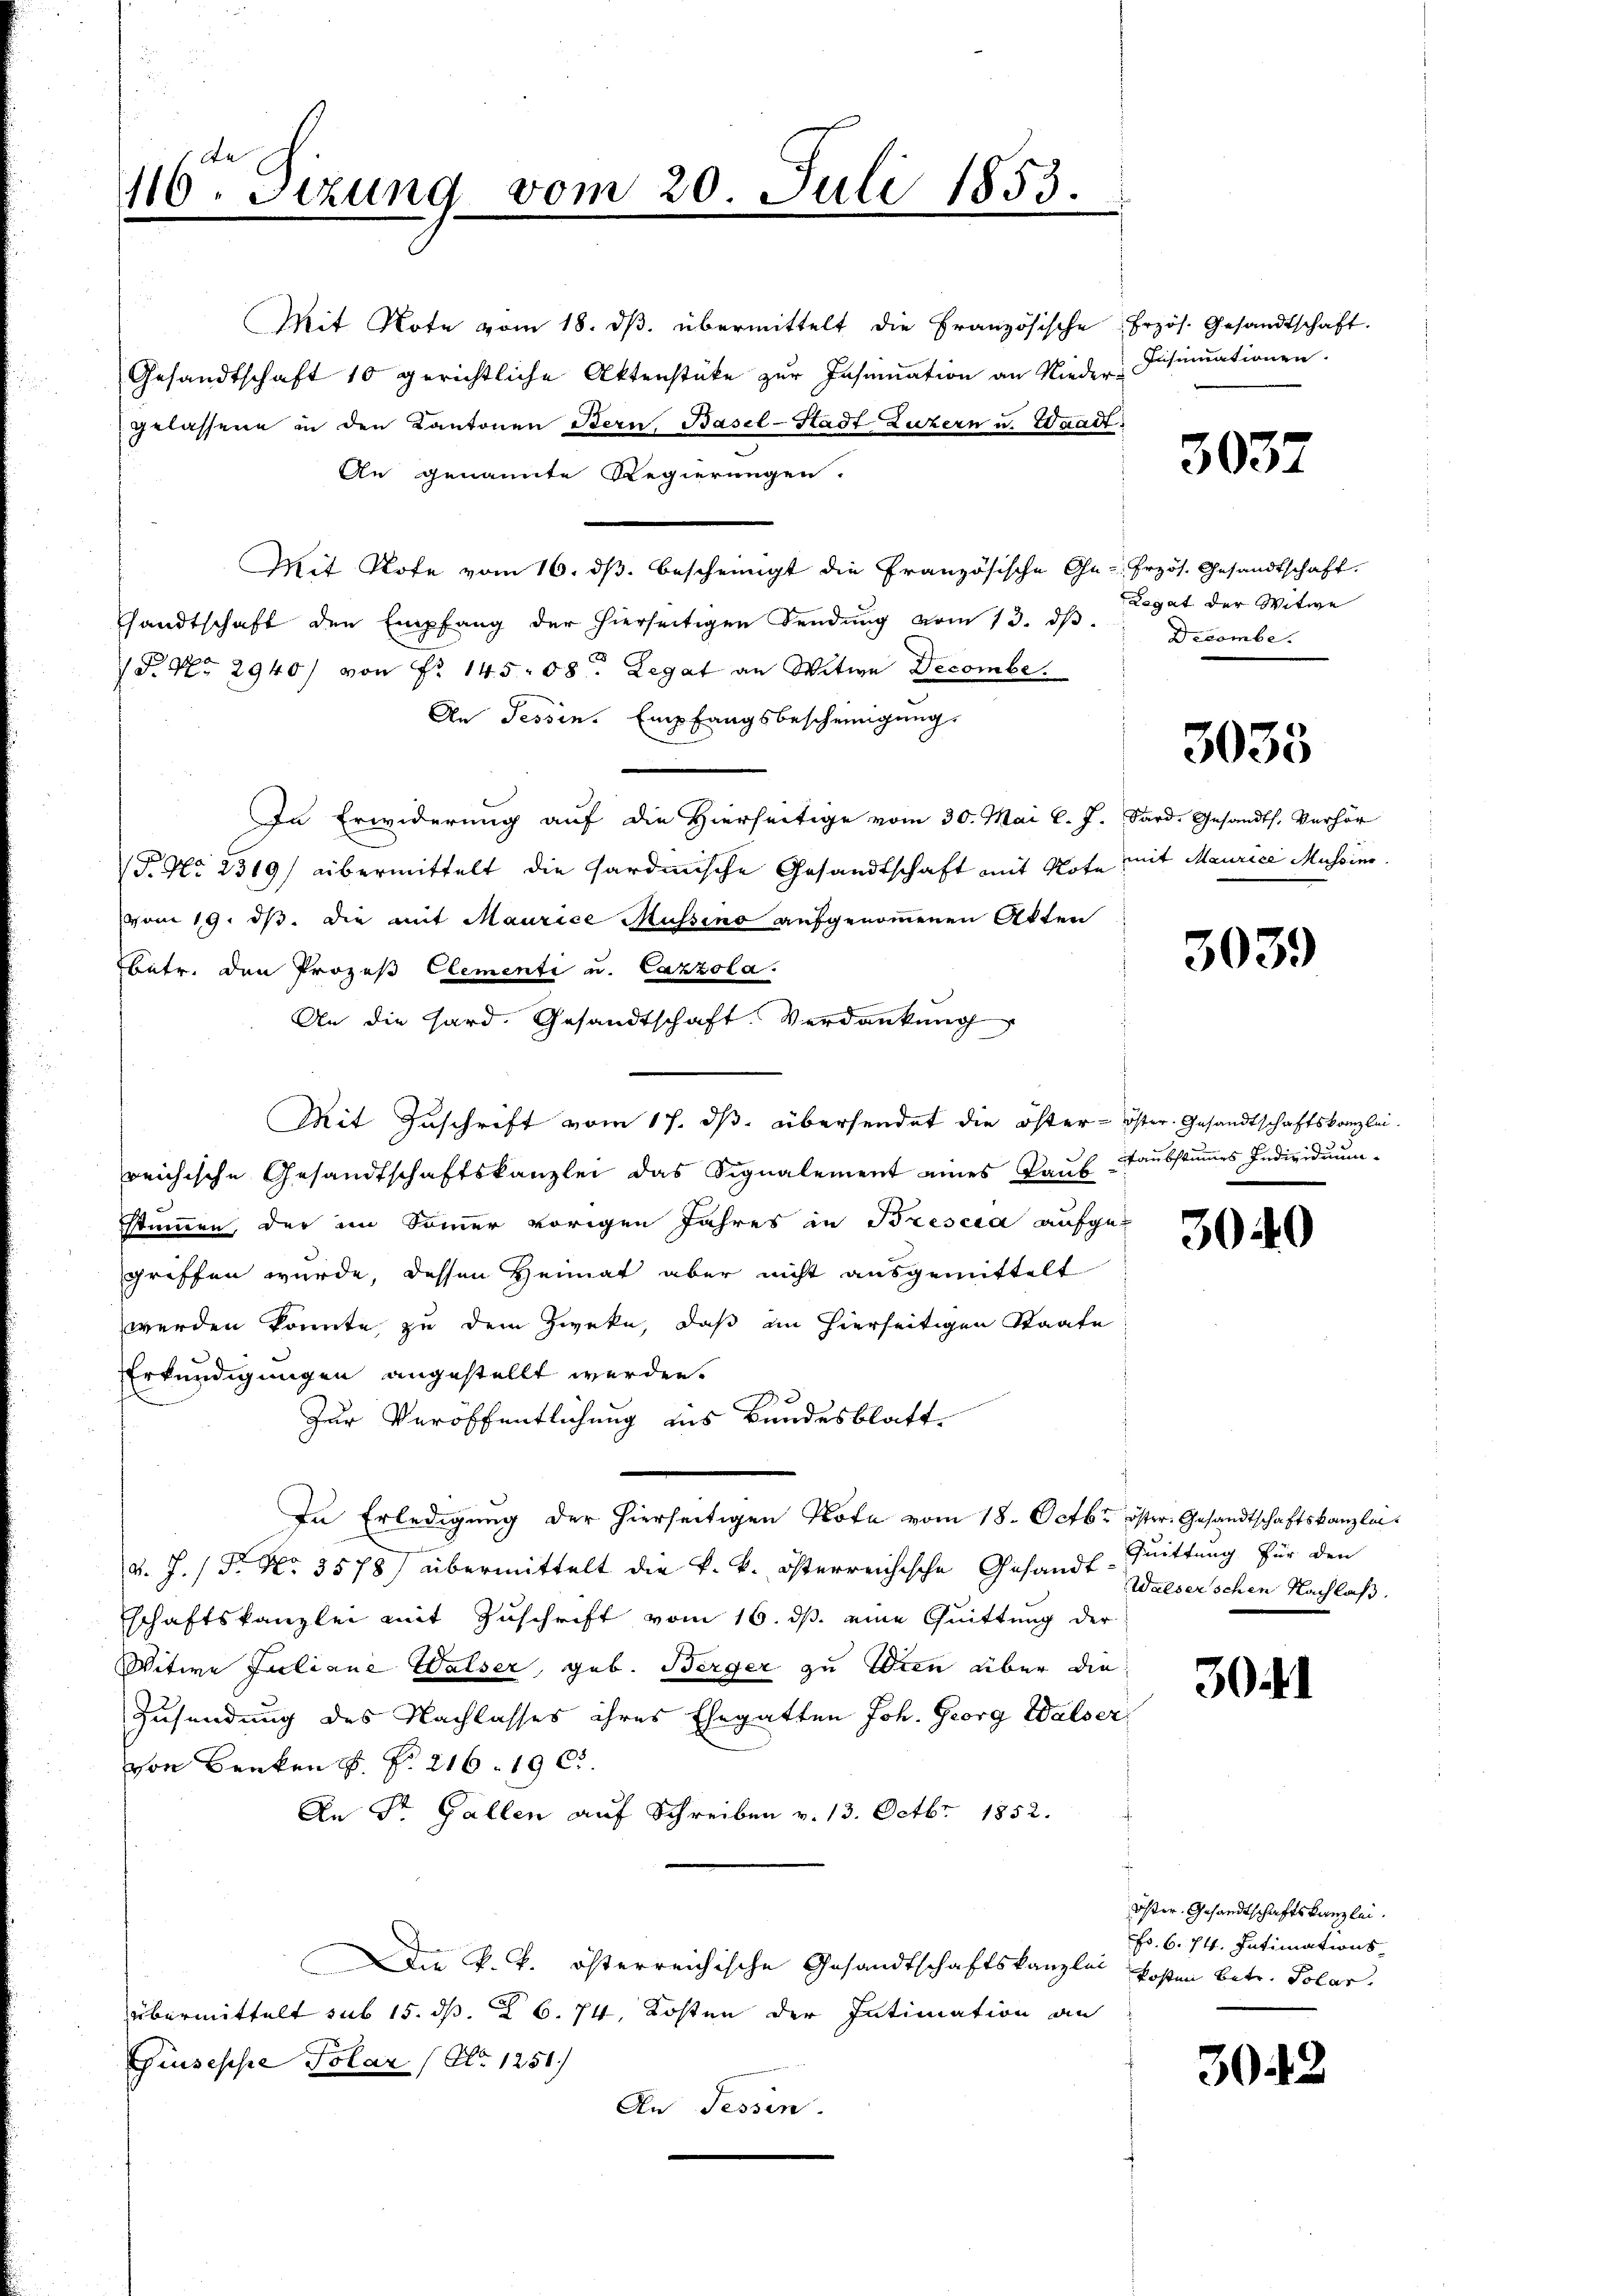
116ten Sizung vom 20. Juli 1853.
.

Mit Note vom 18. dβ. übermittelt die Französische Erzös. Gesandtschaft.
Gesandtschaft 10 gerichtliche Aktenstüke zŭr Insinuation an Nieder-
gelassene in den Kantonen Bern, Basel-Stadt Luzern u. Waadt
An genannte Regierungen.
Mit Rote vom 16. ds. bescheinigt die Französische Ge- frzös. Gesandtschaft.
sandtschaft den Empfang der hierseitigen Sendung vom 13. dβ.
P. Nr. 2940/ von Fr. 145. 58. Legat an Witwe Decombe
An Tessin. Empfangsbescheinigung
In Erwiderung auf die Hierseitige vom 30. Mai l. J. Sard. Gesandts. Verhör
P. Nr. 2519/ übermittelt die Hardmische Gesandtschaft mit Note mit Maurice Mussins
vom 19. ds. die mit Maurice Müssino aufgenommenen Akten
betr. den Prozeß Clementi u. Cazzola.
An die Hard. Gesandtschaft. Verdankung
Mit Zuschrift vom 17. ds. übersendet die öster - öster Gesandtschaftskanzlei.
reichische Gesandtschaftskanzlei das Signalement eines Kaŭf-Taubstumes Individuum.
stimmen, der im Sommer vorigen Jahres in Brescia aufgegriffen wurde, dessen Heimat aber nicht ausgemittelt
werden konnte zu dem Zweke, daß im hierseitigen Staate
Erkundigungen angestellt werden.
Zur Veröffentlichung aus Bundesblatt.
In Erledigung der hierseitigen Note vom 18. Octbr öster. Gesandtschaftskanzlei
d. J. / Fr. No. 3578) übermittelt die k. k. österreichische Gesandt-Quittung für den
schaftskanzlei mit Zuschrift vom 16. ds. eine Quittung der
Witwe Juliane Walser, geb. Berger zu Wien über die
Zusendung des Nachlasses ihres Ehegatten Joh. Georg Walser,
von Benken s. f. 216. 19 c.
An St. Gallen auf Schreiben v. 13. Octbr. 1852.
Die k. k. österreichische Gesandtschaftskanzlei kosten betr. Polar.
übermittelt sub 15. d. 6. 74. Kosten der Intimation an
Giuseppe Polar (S. 1251.
An Sessen.

Insinuationen.

3037

Legat der Witwe
Decembe

3035

3039

3040

Walserschen Nachlaß.

304

Öster Gesandtschaftskanzlei.
Fr. 6. 74. Intimations-

3043